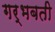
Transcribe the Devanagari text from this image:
गर्भबती